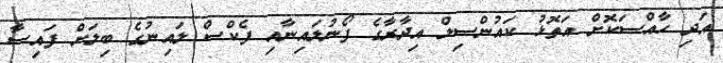
އަދި ހާއްސަކޮށް އަތޮޅު ކައުންސިލް އިދާރާގެ ފޯނުލައިނާއި ފެކްސް ލައިނުގެ ބިލަށް ފައިސާ